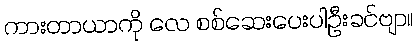
ကားတာယာကို လေ စစ်ဆေးပေးပါဦးခင်ဗျာ။